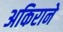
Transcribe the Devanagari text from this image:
अकिराने